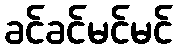
ခင်ခင်မင်မင်